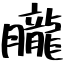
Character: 朧